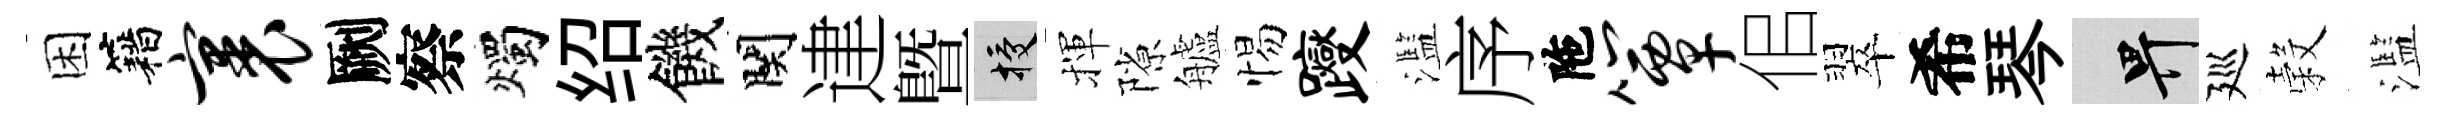
困籍裹劂察燭绍饑関䢖暨授揮隙艫惕躞濫序陁簟佀翠希琴畀廵穀濫